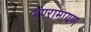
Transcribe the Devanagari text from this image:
पंपरामायण